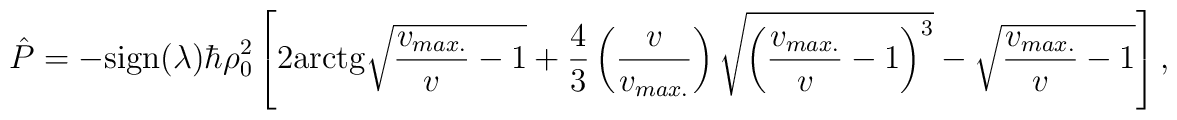
\hat{P}=-{\rm sign}(\lambda)\hbar\rho_0^2\left[2{\rm arctg}\sqrt{{v_{max.}\over v}-1}+{4\over3}\left({v\over v_{max.}}\right)\sqrt{\left( {v_{max.}\over v}-1\right)^{3}}-\sqrt{{v_{max.}\over v}-1}\right],